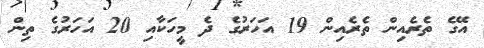
އޭގެ ތެރެއިން ތެރެއިން 19 އަހަރުގެ ދެ މީހަކާއި 20 އަހަރުގެ ތިން